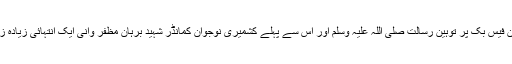
گذشتہ کچھ عرصے کے دوران فیس بک پر توہین رسالت صلی اللہ علیہ وسلم اور اس سے پہلے کشمیری نوجوان کمانڈر شہید برہان مظفر وانی ایک انتہائی زیادہ زیر بحث موضوعات رہے ہیں۔